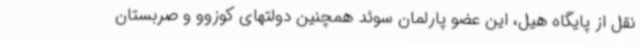
نقل از پایگاه هیل، این عضو پارلمان سوئد همچنین دولتهای کوزوو و صربستان